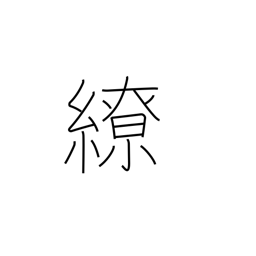
Meaning: twist around